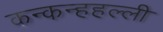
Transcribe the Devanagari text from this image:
कन्कन्हहल्ली